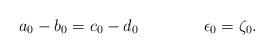
LaTeX: \begin{align*}a_0-b_0=c_0-d_0\qquad\qquad\epsilon_0=\zeta_0. \end{align*}